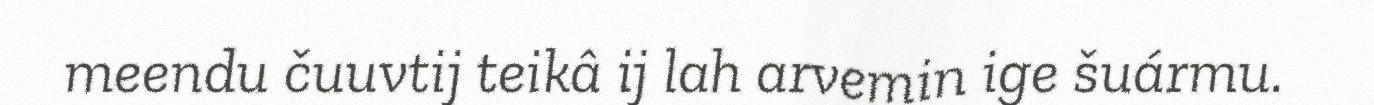
meendu čuuvtij teikâ ij lah arvemin ige šuármu.